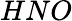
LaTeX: HNO